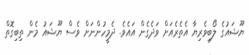
ޔޫޝައުގެ ލޯބިވެރިޔާ އެތެރެއަށް ވަދެގެން އައެވެ. ދެމީހުންނަށް ވެސް ޔޫޝައު މެން ތިބިގޮތް